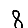
Digit: 8